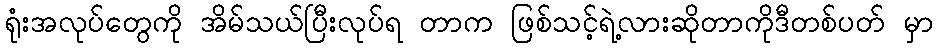
ရုံးအလုပ်တွေကို အိမ်သယ်ပြီးလုပ်ရ တာက ဖြစ်သင့်ရဲ့လားဆိုတာကိုဒီတစ်ပတ် မှာ